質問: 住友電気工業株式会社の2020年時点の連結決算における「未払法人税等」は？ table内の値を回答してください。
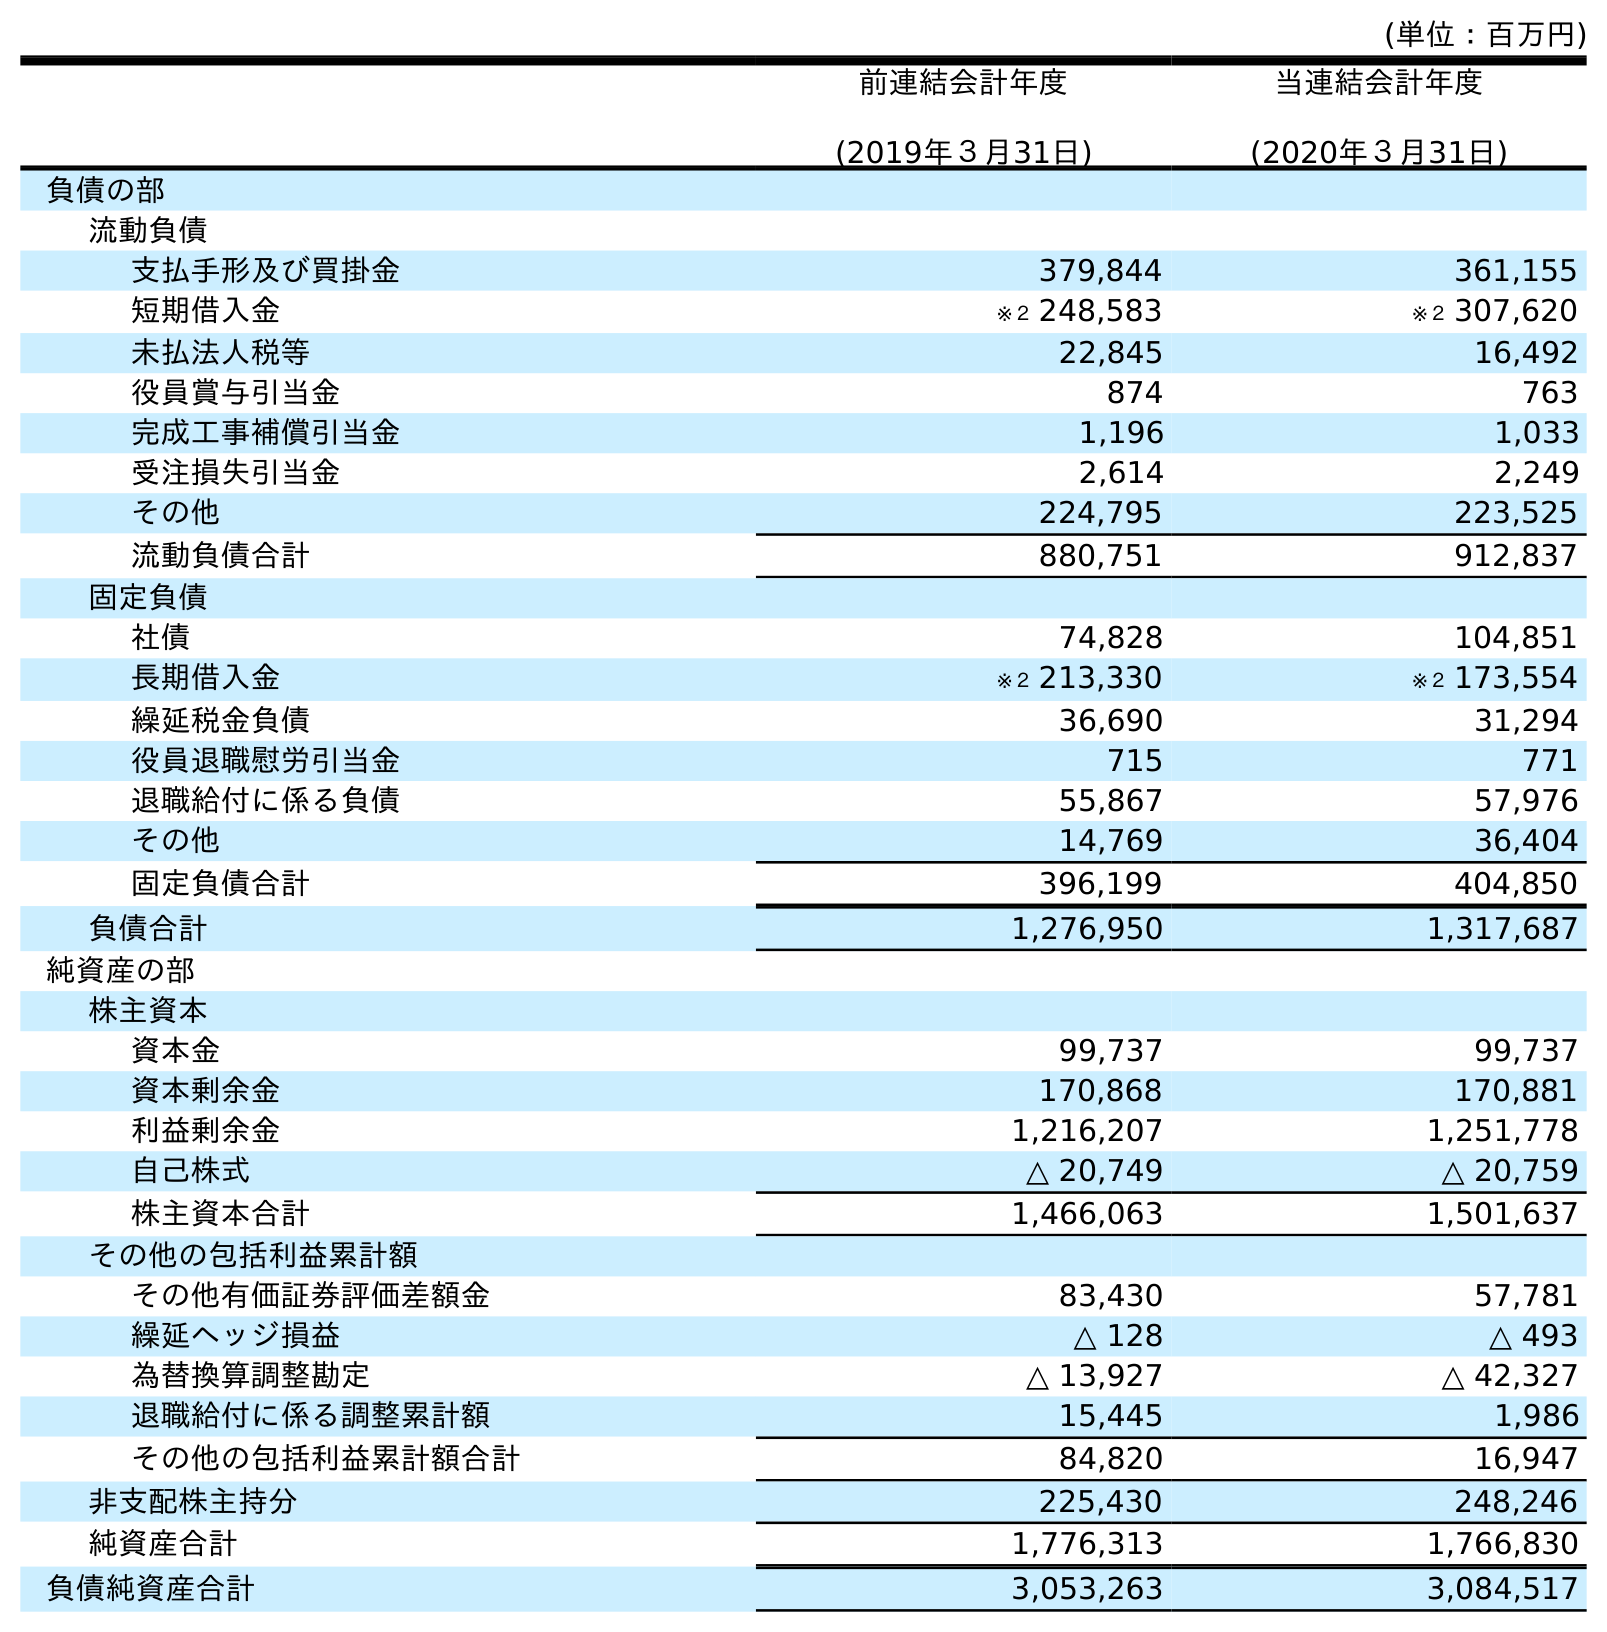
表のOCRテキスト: (単位：百万円) 前連結会計年度 (2019年３月31日) 当連結会計年度 (2020年３月31日) 負債の部 流動負債 支払手形及び買掛金 379,844 361,155 短期借入金 ※２ 248,583 ※２ 307,620 未払法人税等 22,845 16,492 役員賞与引当金 874 763 完成工事補償引当金 1,196 1,033 受注損失引当金 2,614 2,249 その他 224,795 223,525 流動負債合計 880,751 912,837 固定負債 社債 74,828 104,851 長期借入金 ※２ 213,330 ※２ 173,554 繰延税金負債 36,690 31,294 役員退職慰労引当金 715 771 退職給付に係る負債 55,867 57,976 その他 14,769 36,404 固定負債合計 396,199 404,850 負債合計 1,276,950 1,317,687 純資産の部 株主資本 資本金 99,737 99,737 資本剰余金 170,868 170,881 利益剰余金 1,216,207 1,251,778 自己株式 △ 20,749 △ 20,759 株主資本合計 1,466,063 1,501,637 その他の包括利益累計額 その他有価証券評価差額金 83,430 57,781 繰延ヘッジ損益 △ 128 △ 493 為替換算調整勘定 △ 13,927 △ 42,327 退職給付に係る調整累計額 15,445 1,986 その他の包括利益累計額合計 84,820 16,947 非支配株主持分 225,430 248,246 純資産合計 1,776,313 1,766,830 負債純資産合計 3,053,263 3,084,517
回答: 16,492